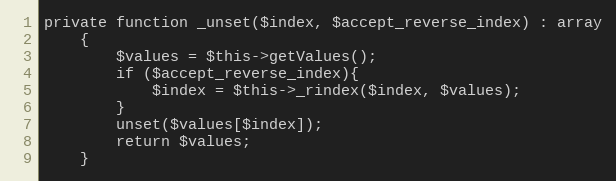
Language: PHP
private function _unset($index, $accept_reverse_index) : array
    {
        $values = $this->getValues();
        if ($accept_reverse_index){
            $index = $this->_rindex($index, $values);
        }
        unset($values[$index]);
        return $values;
    }